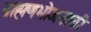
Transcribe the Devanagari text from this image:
ब्राह्मणभोजनाची